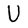
Character: U